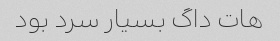
هات داگ بسیار سرد بود